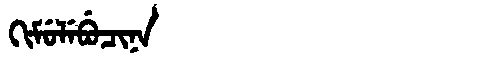
Manchu: ᡴᡳᠮᡠᠯᡝᠪᡠᠴᡳᠨᠠ
Romanization: KIMULEBUCINA